Scottish Certificate of Education, 1962
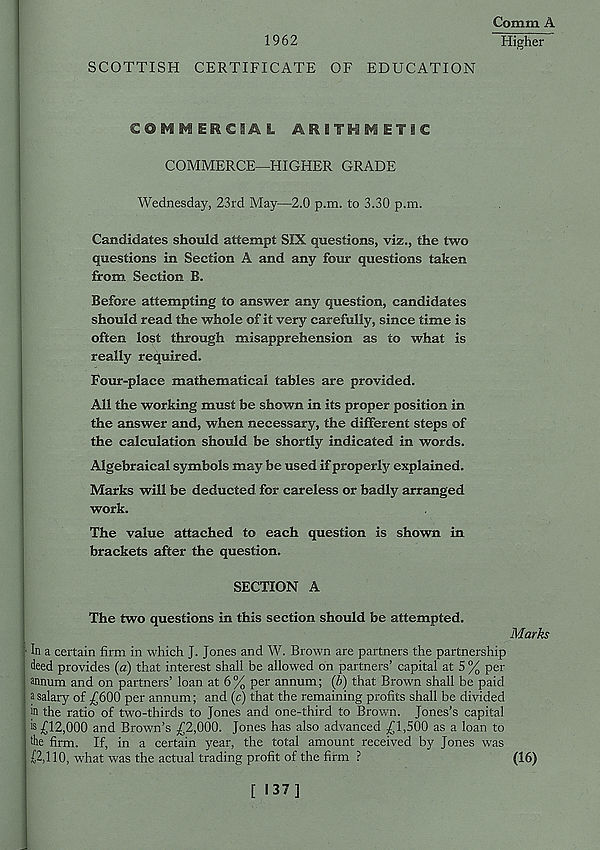
1962
SCOTTISH CERTIFICATE OF EDUCATION
Comm A
Higher
SQMMi&CSAL
ETIC
COMMERCE—HIGHER GRADE
Wednesday, 23rd May—2.0 p.m. to 3.30 p.m.
Candidates should attempt SIX questions, viz., the two
questions in Section A and any four questions taken
from Section B.
Before attempting to answer any question, candidates
should read the whole of it very carefully, since time is
often lost through misapprehension as to what is
really required.
Four-place mathematical tables are provided.
All the working must be shown in its proper position in
the answer and, when necessary, the different steps of
the calculation should be shortly indicated in words.
Algebraical symbols may be used if properly explained.
Marks will be deducted for careless or badly arranged
work.
The value attached to each question is shown in
brackets after the question.
SECTION A
The two questions in this section should be attempted.
Marks
In a certain firm in which J. Jones and W. Brown are partners the partnership
deed provides (a) that interest shall be allowed on partners’ capital at 5 % per
annum and on partners’ loan at 6% per annum; (b) that Brown shall be paid
a salary of j£600 per annum; and (c) that the remaining profits shall be divided
|n the ratio of two-thirds to Jones and one-third to Brown. Jones’s capital
* s £12,000 and Brown’s £2,000. Jones has also advanced £1,500 as a loan to
die firm. If, in a certain year, the total amount received by Jones was
£2,110, what was the actual trading profit of the firm ?
(16)
[ 137]